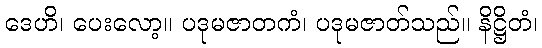
ဒေဟိ၊ ပေးလော့။ ပဒုမဇာတကံ၊ ပဒုမဇာတ်သည်။ နိဋ္ဌိတံ၊